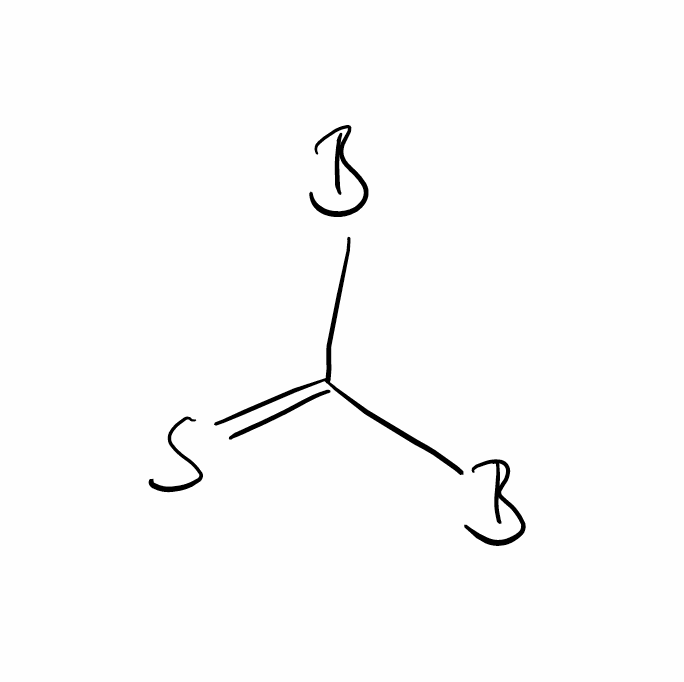
Simplified molecular-input line-entry system (SMILES) notation of the given molecule:
[B]C(=S)[B]